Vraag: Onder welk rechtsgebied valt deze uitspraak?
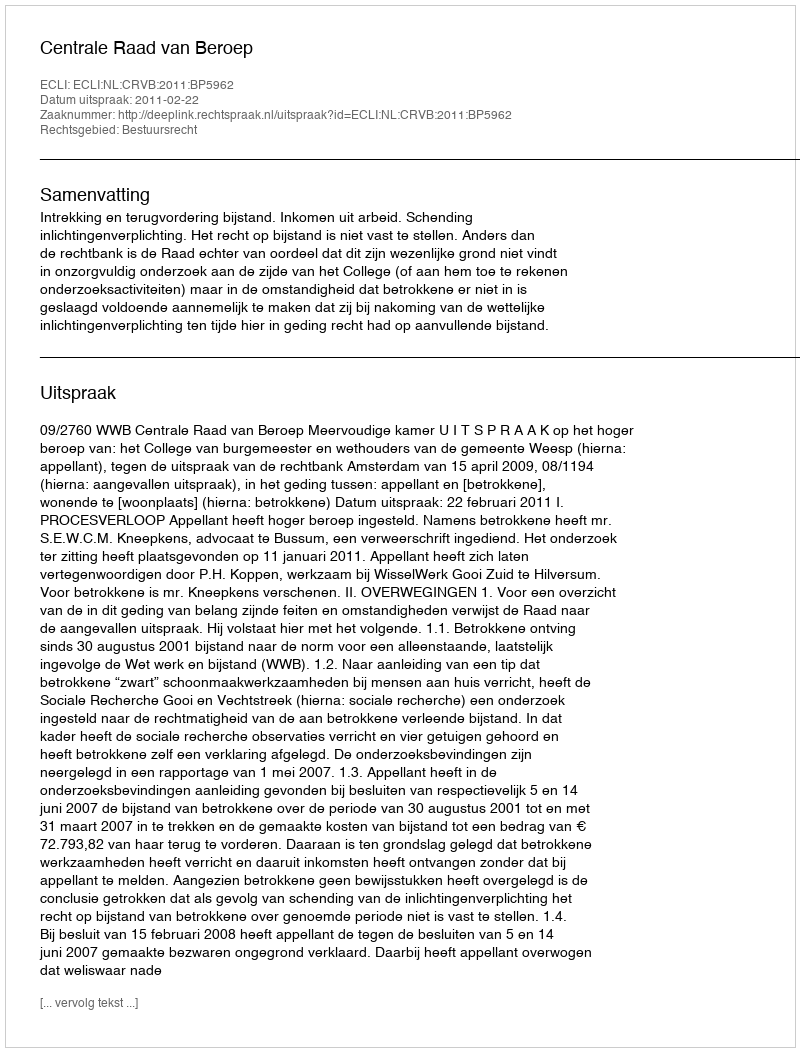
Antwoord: Bestuursrecht